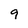
Character: 9